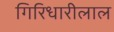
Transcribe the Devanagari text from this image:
गिरिधारीलाल